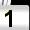
Digit: 1